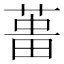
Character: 𦵰